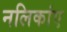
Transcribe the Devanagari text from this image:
नलिकांए